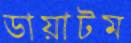
ডায়াটম